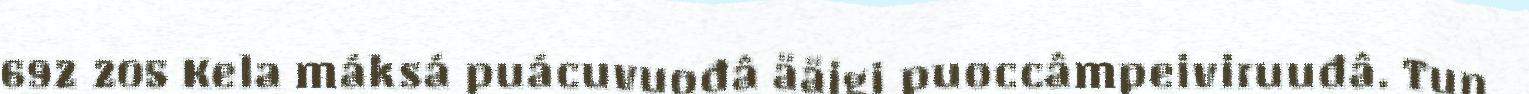
692 205 Kela máksá puácuvuođâ ääigi puoccâmpeiviruuđâ. Tun